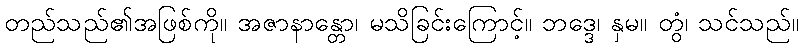
တည်သည်၏အဖြစ်ကို။ အဇာနာန္တော၊ မသိခြင်းကြောင့်။ ဘဒ္ဒေ၊ နှမ။ တွံ၊ သင်သည်။